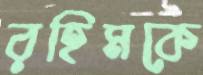
রহিমকে